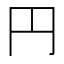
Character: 円